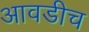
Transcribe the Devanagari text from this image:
आवडीच